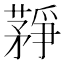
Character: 𦽰